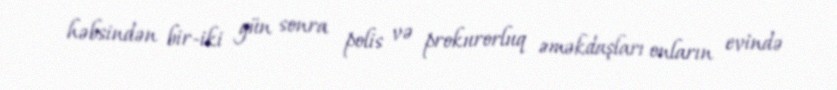
həbsindən bir-iki gün sonra polis və prokurorluq əməkdaşları onların evində